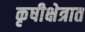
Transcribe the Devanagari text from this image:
कृषीक्षेत्रात